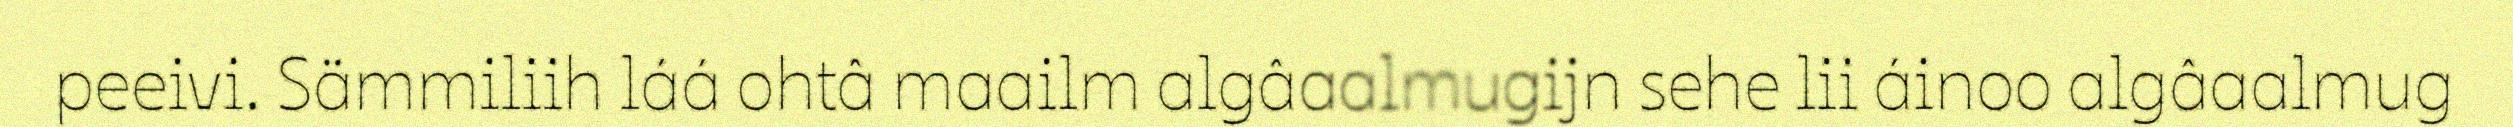
peeivi. Sämmiliih láá ohtâ maailm algâaalmugijn sehe lii áinoo algâaalmug